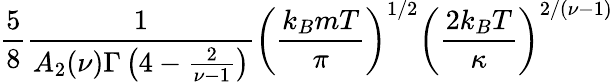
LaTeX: {\frac{5}{8}}{\frac{1}{A_{2}(\nu)\Gamma\left(4-{\frac{2}{\nu-1}}\right)}}\left({\frac{k_{B}mT}{\pi}}\right)^{1/2}\left({\frac{2k_{B}T}{\kappa}}\right)^{2/(\nu-1)}